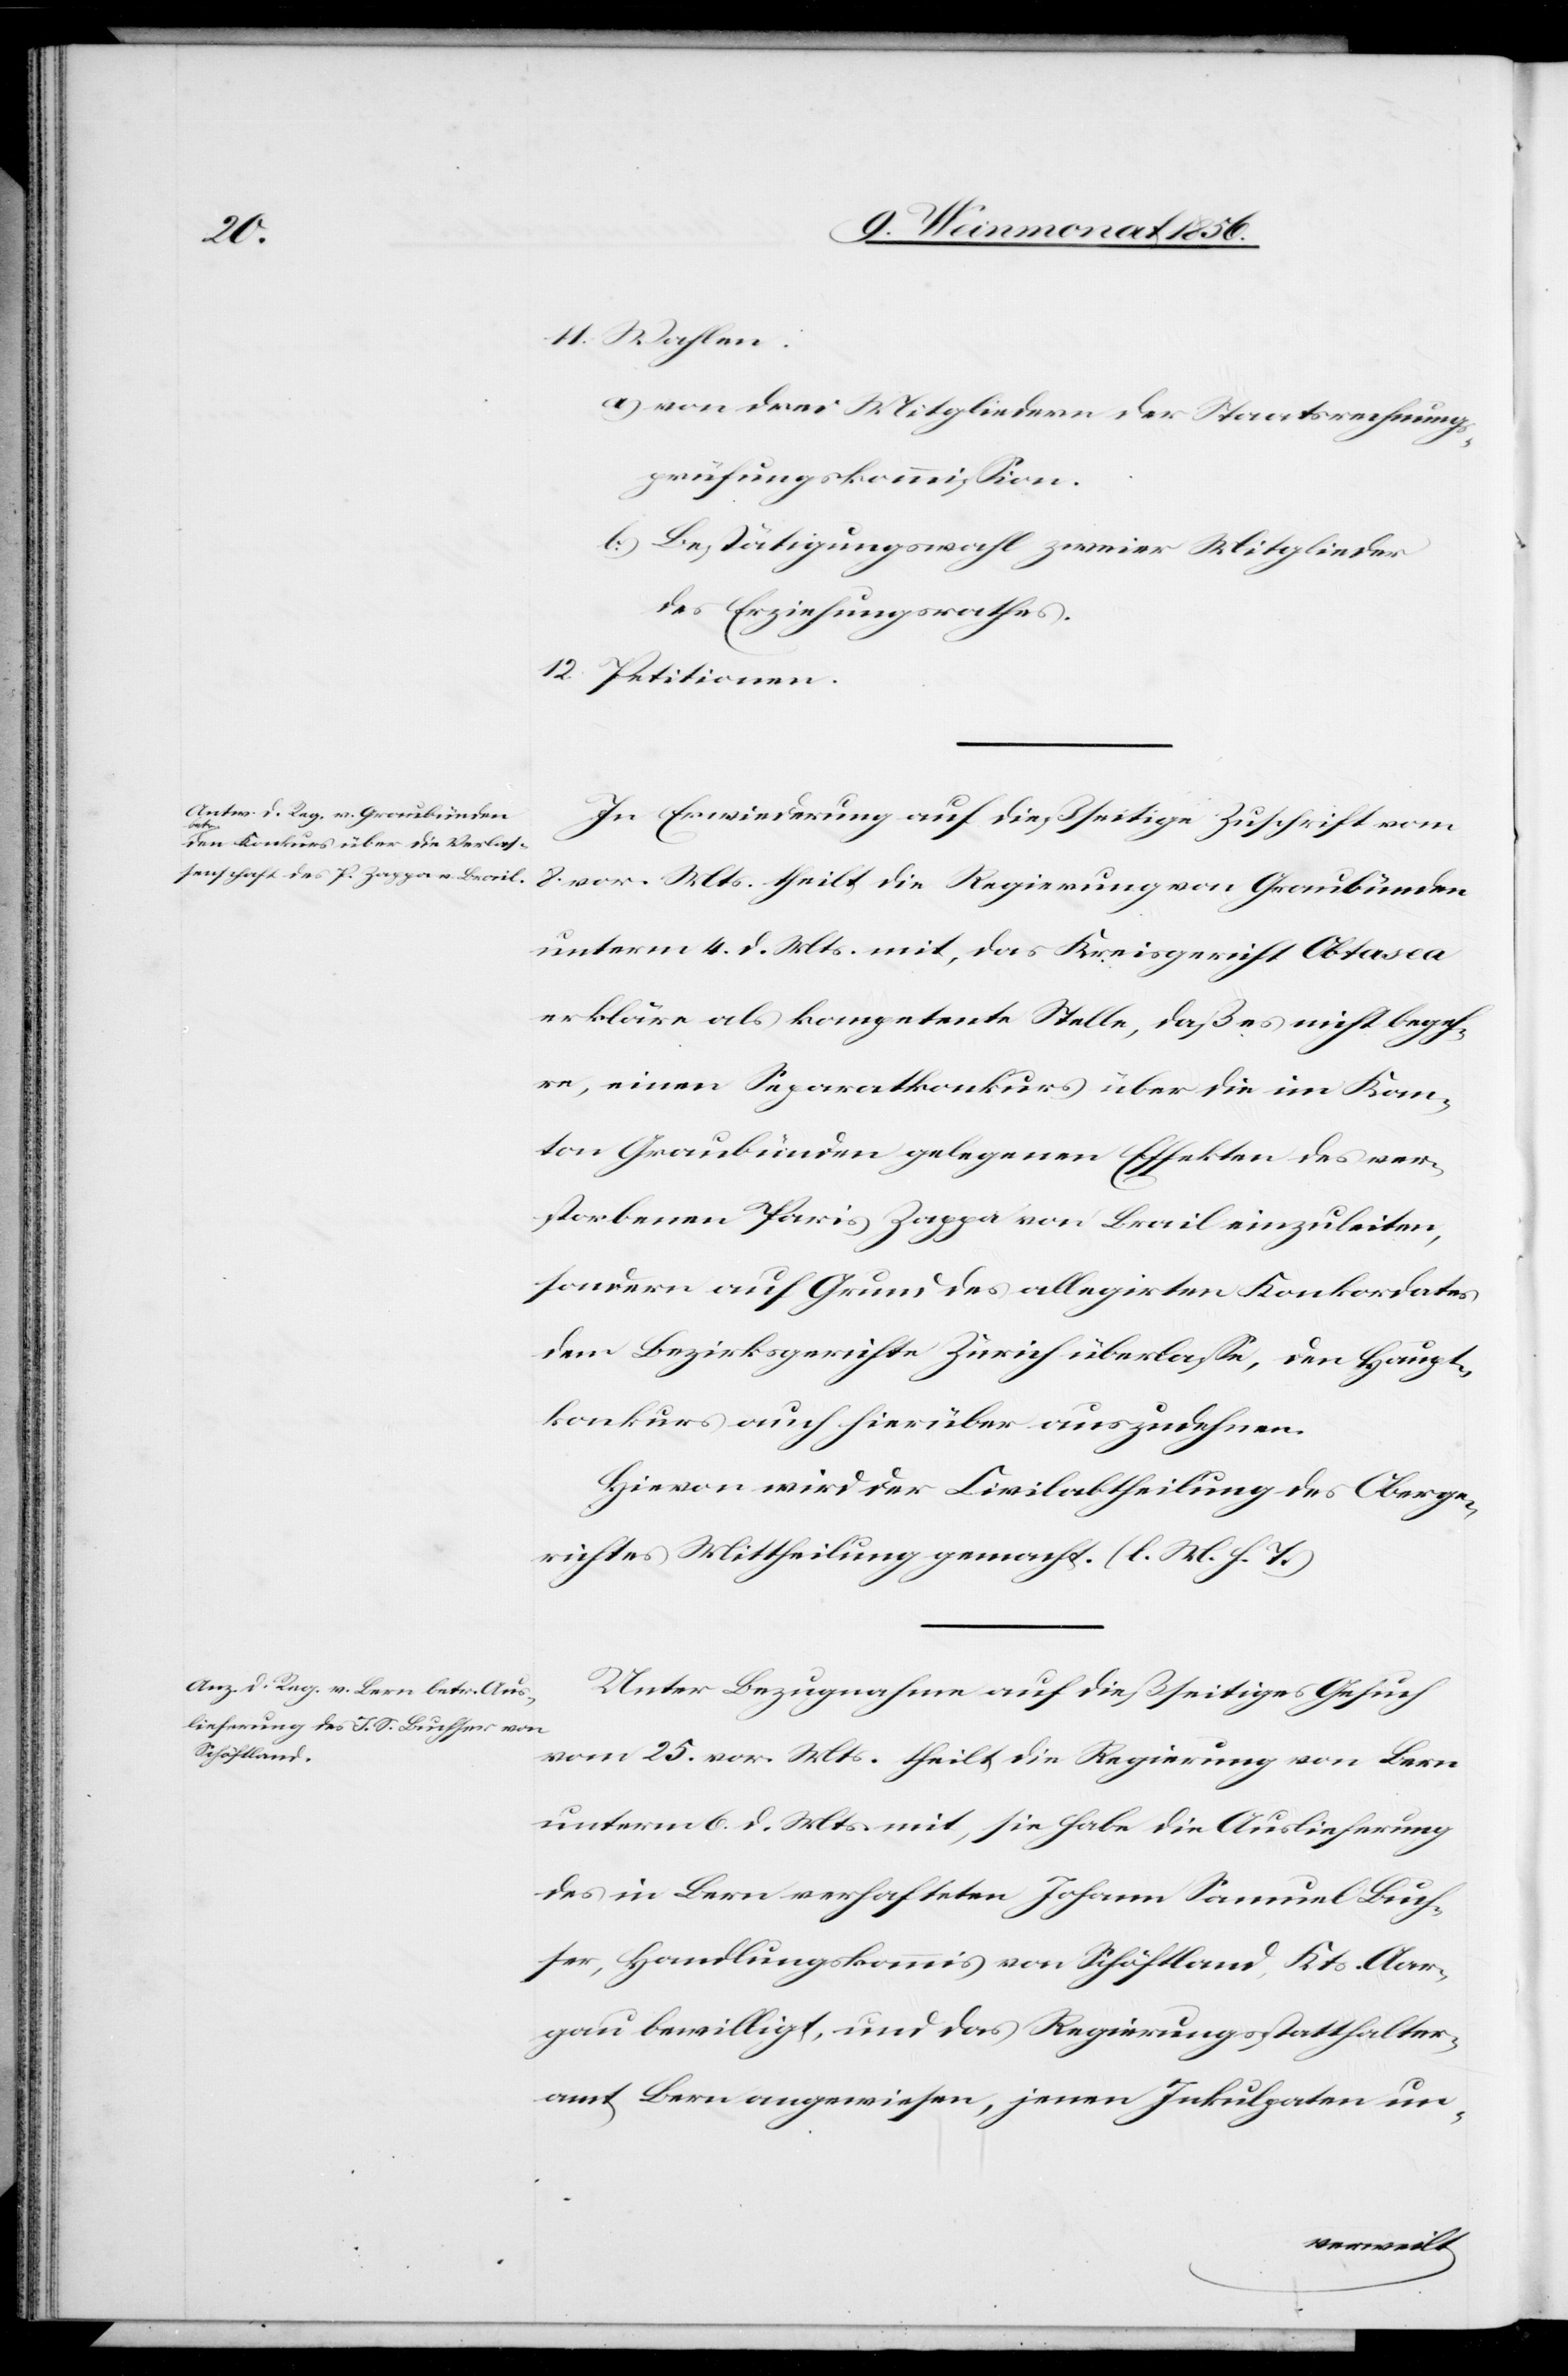
11. Wahlen:
a) von drei Mitgliedern der Staatsrechnungs¬
prüfungskommission.
b) Bestätigungswahl zweier Mitglieder
des Erziehungsrathes.
12. Petitionen.
In Erwiederung auf dießseitige Zuschrift vom
8. vor. Mts. theilt die Regierung von Graubünden
unterm 4. d. Mts. mit, das Kreisgericht Obtasea
erkläre als kompetente Stelle, daß es nicht begeh¬
re, einen Separatkonkurs über die im Kan¬
ton Graubünden gelegenen Effekten des ver¬
storbenen Paris Zappa von Brail einzuleiten,
sondern auf Grund des allegirten Konkordates
dem Bezirksgerichte Zürich überlasse, den Haupt¬
konkurs auch hierüber auszudehnen.
Hievon wird der Civilabtheilung des Oberge¬
richtes Mittheilung gemacht. (l. M. h. T.)
Unter Bezugnahme auf dießseitiges Gesuch
vom 25. vor. Mts. theilt die Regierung von Bern
unterm 6. d. Mts. mit, sie habe die Auslieferung
des in Bern verhafteten Johann Samuel Buch¬
ser, Handlungskommis von Schöftland, Kts. Aar¬
gau bewilligt, und das Regierungsstatthalter¬
amt Bern angewiesen, jenen Inkulpaten un-